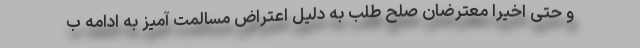
و حتی اخیرا معترضان صلح طلب به دلیل اعتراض مسالمت آمیز به ادامه ب